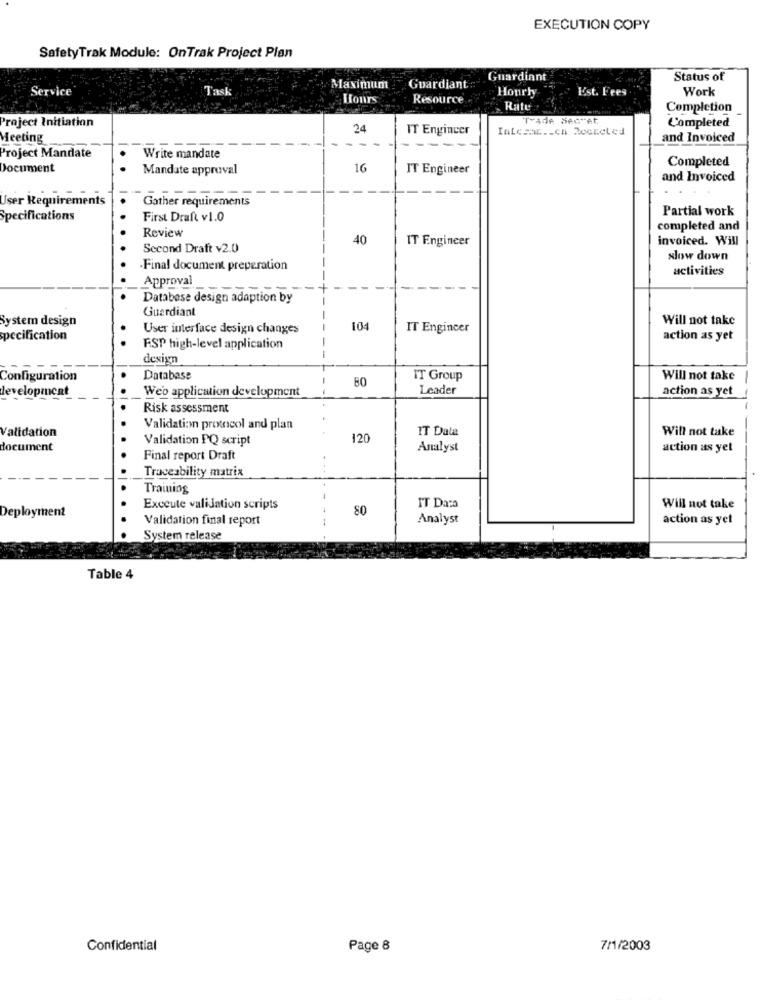
EXECUTION COPY
SafetyTrak Module: OnTrak Project Plan
Guardiant
Status of
Service
Task
Maximum
Guardiant
Hourly
Est. Fees
Work
Hours
Resource
Rate
Completion
Project Initiation
Trade Secret
Completed
24
IT Engineer
InLcsat .. cn Rocketed
Meeting
and Invoiced
----
Project Mandate
Write mandate
Completed
Document
Mandate approval
16
IT Engineer
and Invoiced
User Requirements
Gather requirements
Partial work
Specifications
First Draft v1.0
completed and
Review
40
IT Engineer
invoiced. Will
Second Draft v2.0
slow down
Final document preperation
activities
Approval
Database design adaption by
Guardiant
System design
Will not take
User interface design changes
104
IT Engincer
specification
action as yet
FSP high-level application
design
Configuration
Database
80
IT Group
Will not take
-
developmcat
Web application development
Leader
action as yet
Risk assessment
Validation protocol and plan
IT Dala
Will not take
Vali
tion
Validation PQ script
120
document
Analyst
action as yet
Final report Draft
Traceability matrix
Training
Exceute validation scripts
80
IT Da:a
Will not take
Deployment
Validation final report
Analyst
action as yet
System release
Table 4
Confidential
Page 8
7/1/2003